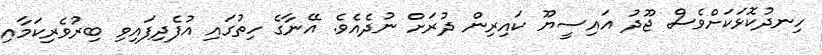
ހިނދުކޮޅަކަށްވެސް ޖޫދު އައިސީޔޫ ކައިރިން ދުރަށް ނުދެއެވެ. އޭނާގެ ހިތުގައި އުފެދިފައިވި ބިރުވެރިކަމާއި